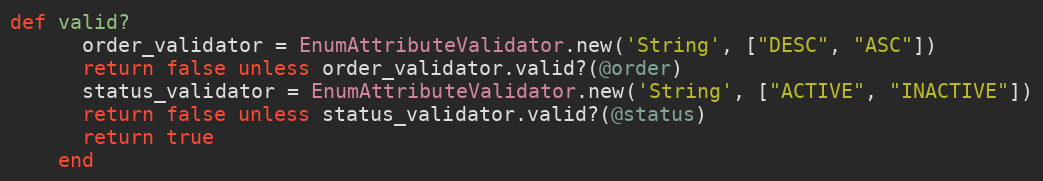
Language: Ruby
def valid?
      order_validator = EnumAttributeValidator.new('String', ["DESC", "ASC"])
      return false unless order_validator.valid?(@order)
      status_validator = EnumAttributeValidator.new('String', ["ACTIVE", "INACTIVE"])
      return false unless status_validator.valid?(@status)
      return true
    end